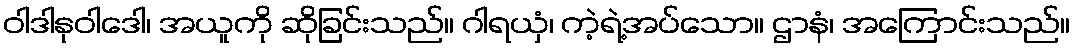
ဝါဒါနုဝါဒေါ၊ အယူကို ဆိုခြင်းသည်။ ဂါရယှံ၊ ကဲ့ရဲ့အပ်သော။ ဌာနံ၊ အကြောင်းသည်။